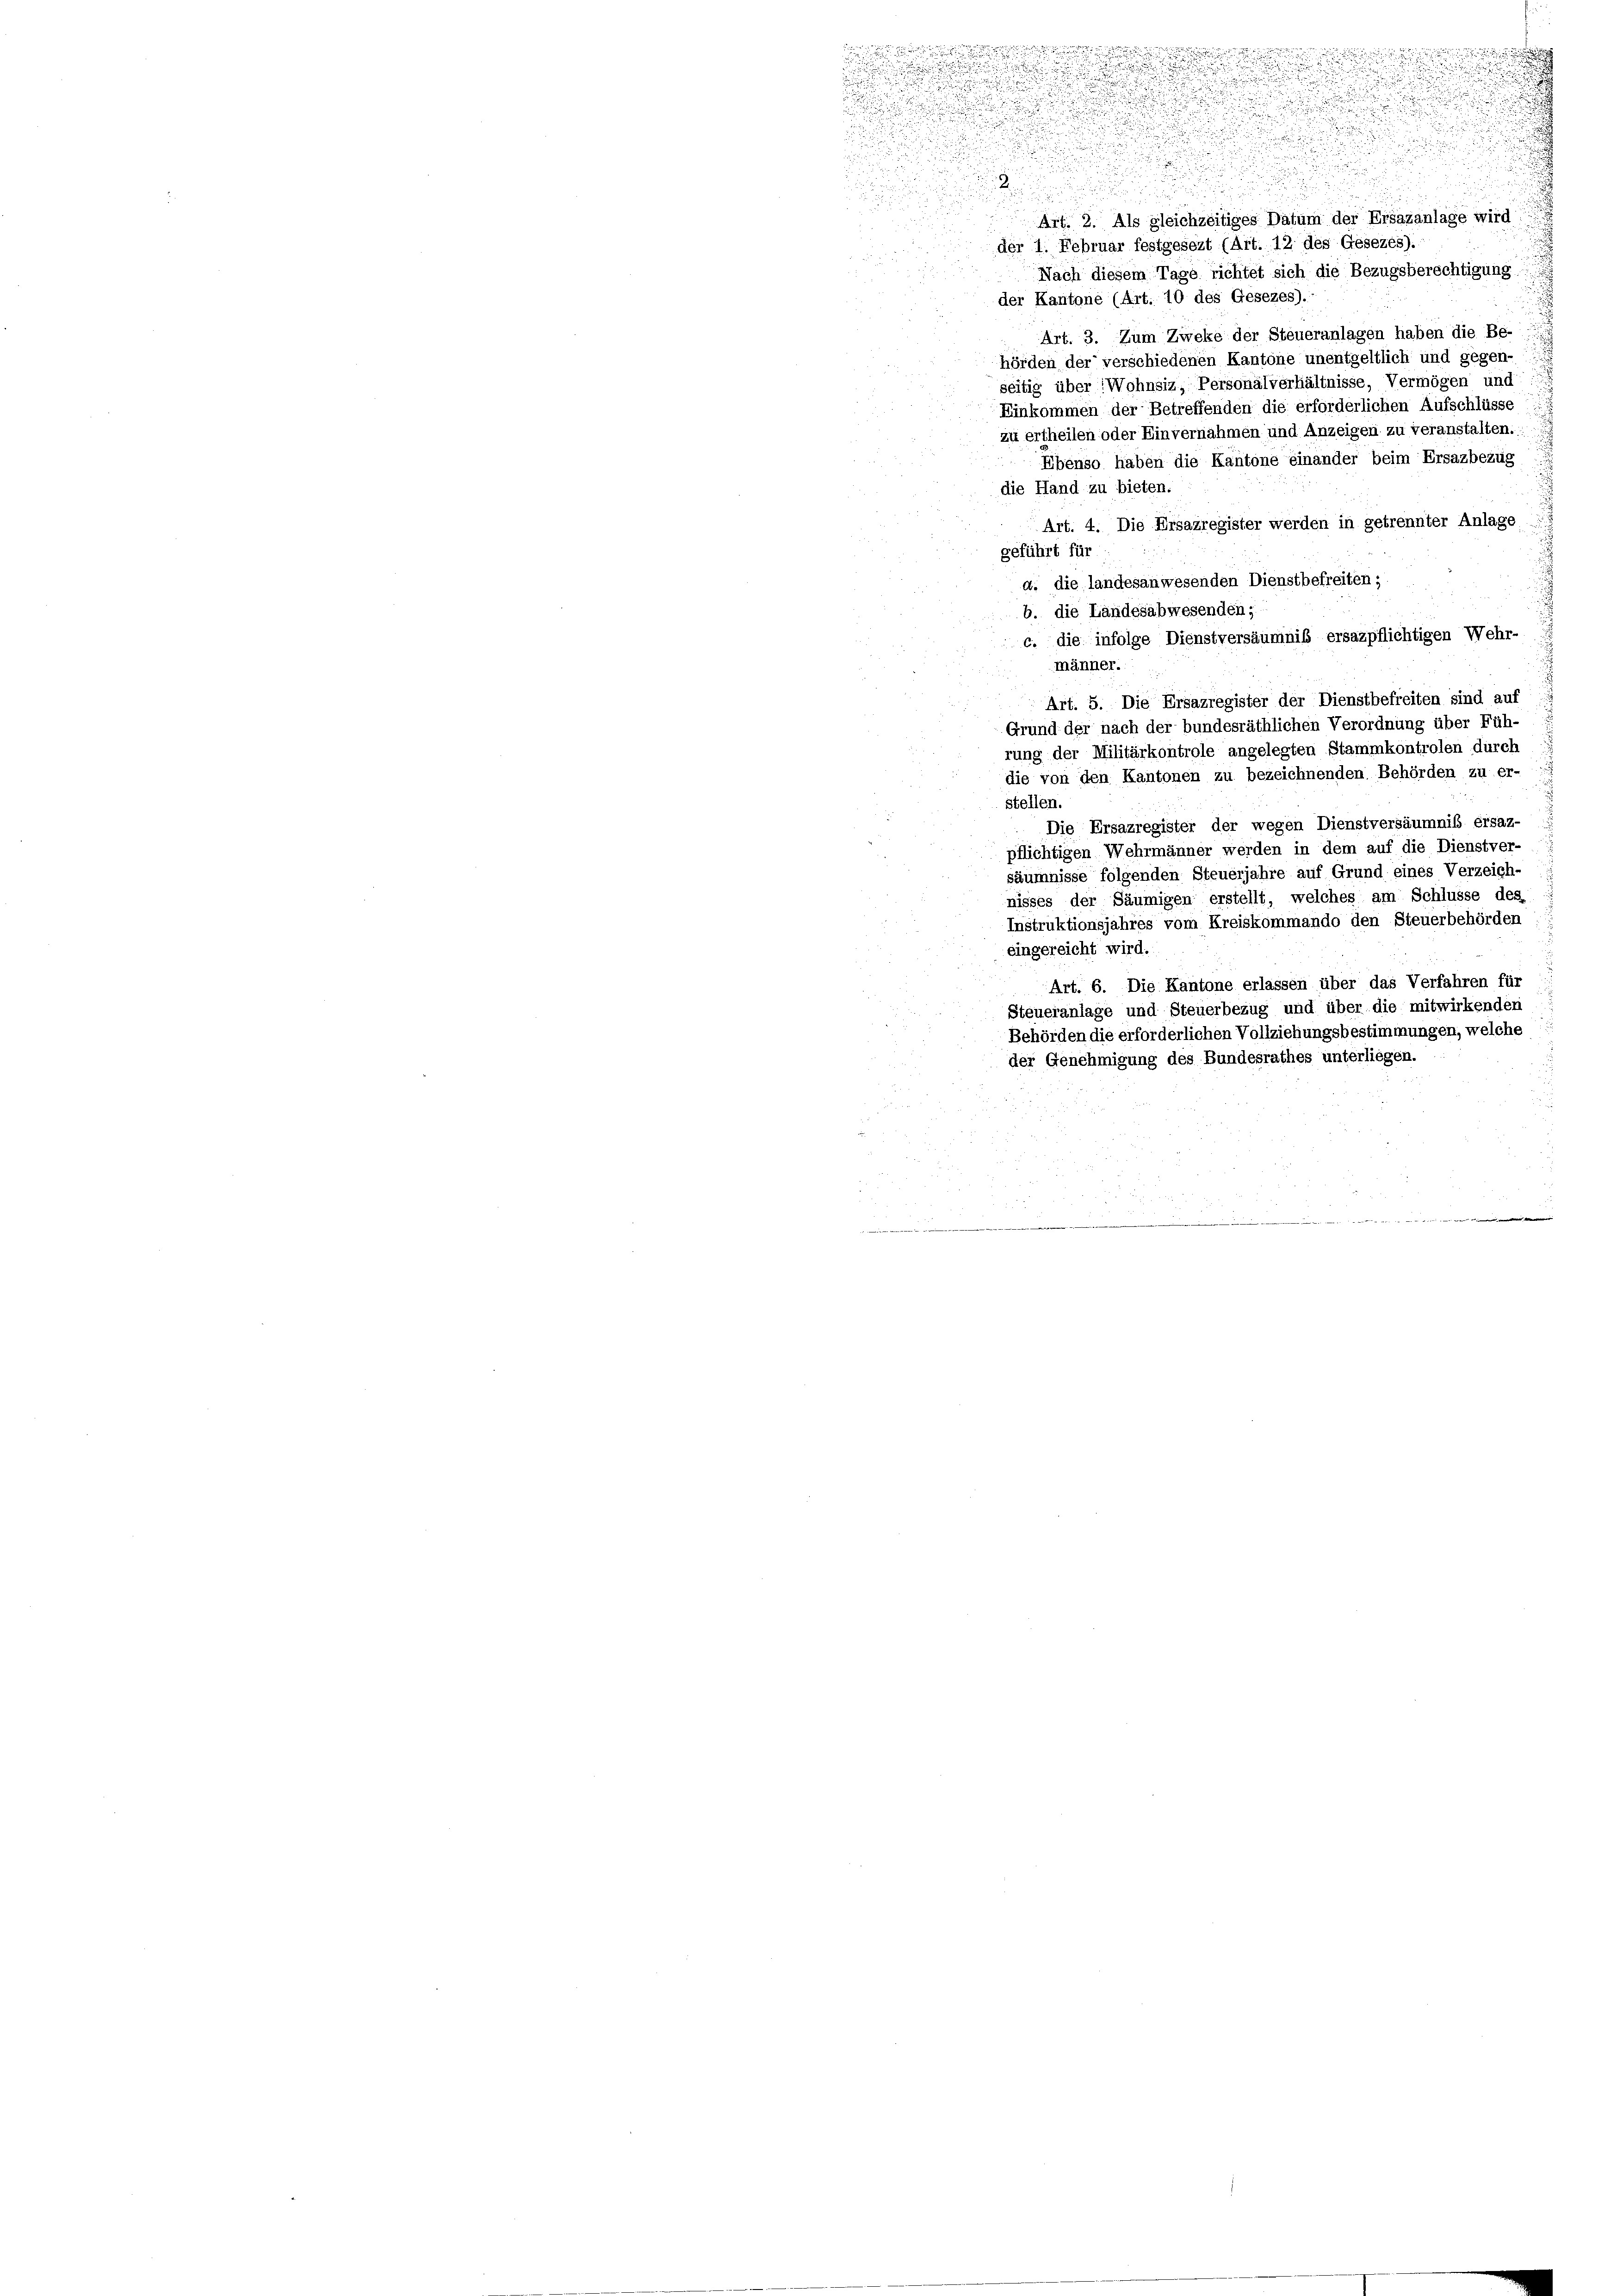
!!!!!!!!!!!
d

.
Art. 2. Als gleichzeitiges Datum der Ersatzanlage wird

der 1. Februar festgesezt (Art. 12 des Gesezes).

Nach diesem Tage richtet sich die Bezugsberechtigung
2

der Kantone (Art. 10 des Gesezes).-
Art. 3. Zum Zweke der Steueranlagen haben die Be-
hörden der verschiedenen Kantone unentgeltlich und gegen-
seitig über Wohnsiz, Personalverhältnisse, Vermögen und
Einkommen der Betreffenden die erforderlichen Aufschlüsse
zu ertheilen oder Einvernahmen und Anzeigen zu veranstalten.
Ebenso haben die Kantone einander beim Ersazbezug
die Hand zu bieten.
Art. 4. Die Ersazregister werden in getrennter Anlage
geführt für
d. die landesanwesenden Dienstbefreiten;
b. die Ländesabwesenden,
c. die infolge Dienstversäumnis ersazpflichtigen Wehr-
männer.
2
Art. 5. Die Ersazregister der Dienstbefreiten sind auf
Grund der nach der bundesräthlichen Verordnung über Füh-
rung der Militärkontrole angelegten Stammkontrolen durch
die von den Kantonen zu bezeichnenden Behörden zu er-
stellen.
Die Ersazregister der wegen Dienstversäumnis ersaz-
pflichtigen Wehrmänner werden in dem auf die Dienstver-
säumnisse folgenden Steuerjahre auf Grund eines Verzeich-
nisses der Säumigen erstellt, welches am Schlüsse des
Instruktionsjahres vom Kreiskommando den Steuerbehörden
eingereicht wird.
Art. 6. Die Kantone erlassen über das Verfahren für
Steueranlage und Steuerbezug und über die mitwirkenden
Behörden die erforderlichen Vollziehungsbestimmungen, welche
der Genehmigung des Bundesrathes unterliegen.